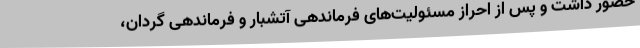
حضور داشت و پس از احراز مسئولیت‌های فرماندهی آتشبار و فرماندهی گردان،